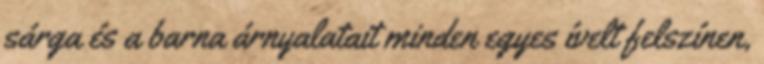
sárga és a barna árnyalatait minden egyes ívelt felszínen,